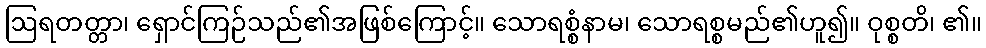
ဩရတတ္တာ၊ ရှောင်ကြဉ်သည်၏အဖြစ်ကြောင့်။ သောရစ္စံနာမ၊ သောရစ္စမည်၏ဟူ၍။ ဝုစ္စတိ၊ ၏။